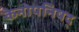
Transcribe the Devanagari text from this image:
केनोपनिषद्